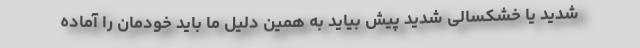
شدید یا خشکسالی شدید پیش بیاید به همین دلیل ما باید خودمان را آماده